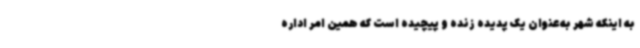
به اینکه شهر به‌عنوان یک پدیده زنده و پیچیده است که همین امر اداره